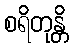
စရိတုန္တိ